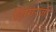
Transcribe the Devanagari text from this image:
झिंगरजी